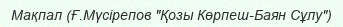
Мақпал (Ғ.Мүсірепов "Қозы Көрпеш-Баян Сұлу")